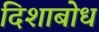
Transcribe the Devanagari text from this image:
दिशाबोध